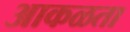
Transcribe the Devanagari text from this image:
आकळता